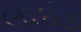
લાઇક